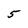
Character: 5